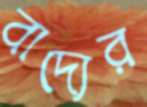
বাদ্যের